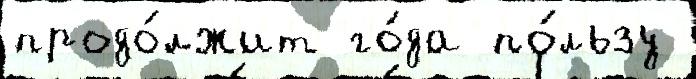
продо́лжит го́да по́льзу